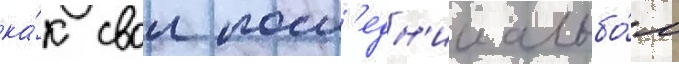
ка́к свои посл'едн'ии альбо́м